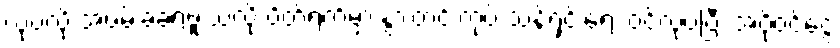
လုပ်လို့ အဖမ်းခံခဲ့ရဖူးသလို ပိတ်ရက်မှာ နွားတင်းကုပ် သန့်ရှင်းရေး ဝင်လုပ်ပြီး အပိုဝင်ငွေ